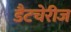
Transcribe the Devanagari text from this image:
डैटचेरीज